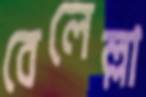
বেলেল্লা